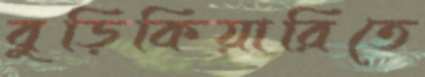
বুড়িকিয়ারিতে